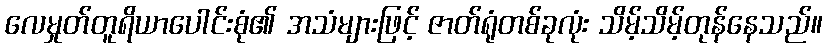
လေမှုတ်တူရိယာပေါင်းစုံ၏ အသံများဖြင့် ဇာတ်ရုံတစ်ခုလုံး သိမ့်သိမ့်တုန်နေသည်။